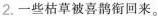
2.一些枯草被喜鹊衔回来。